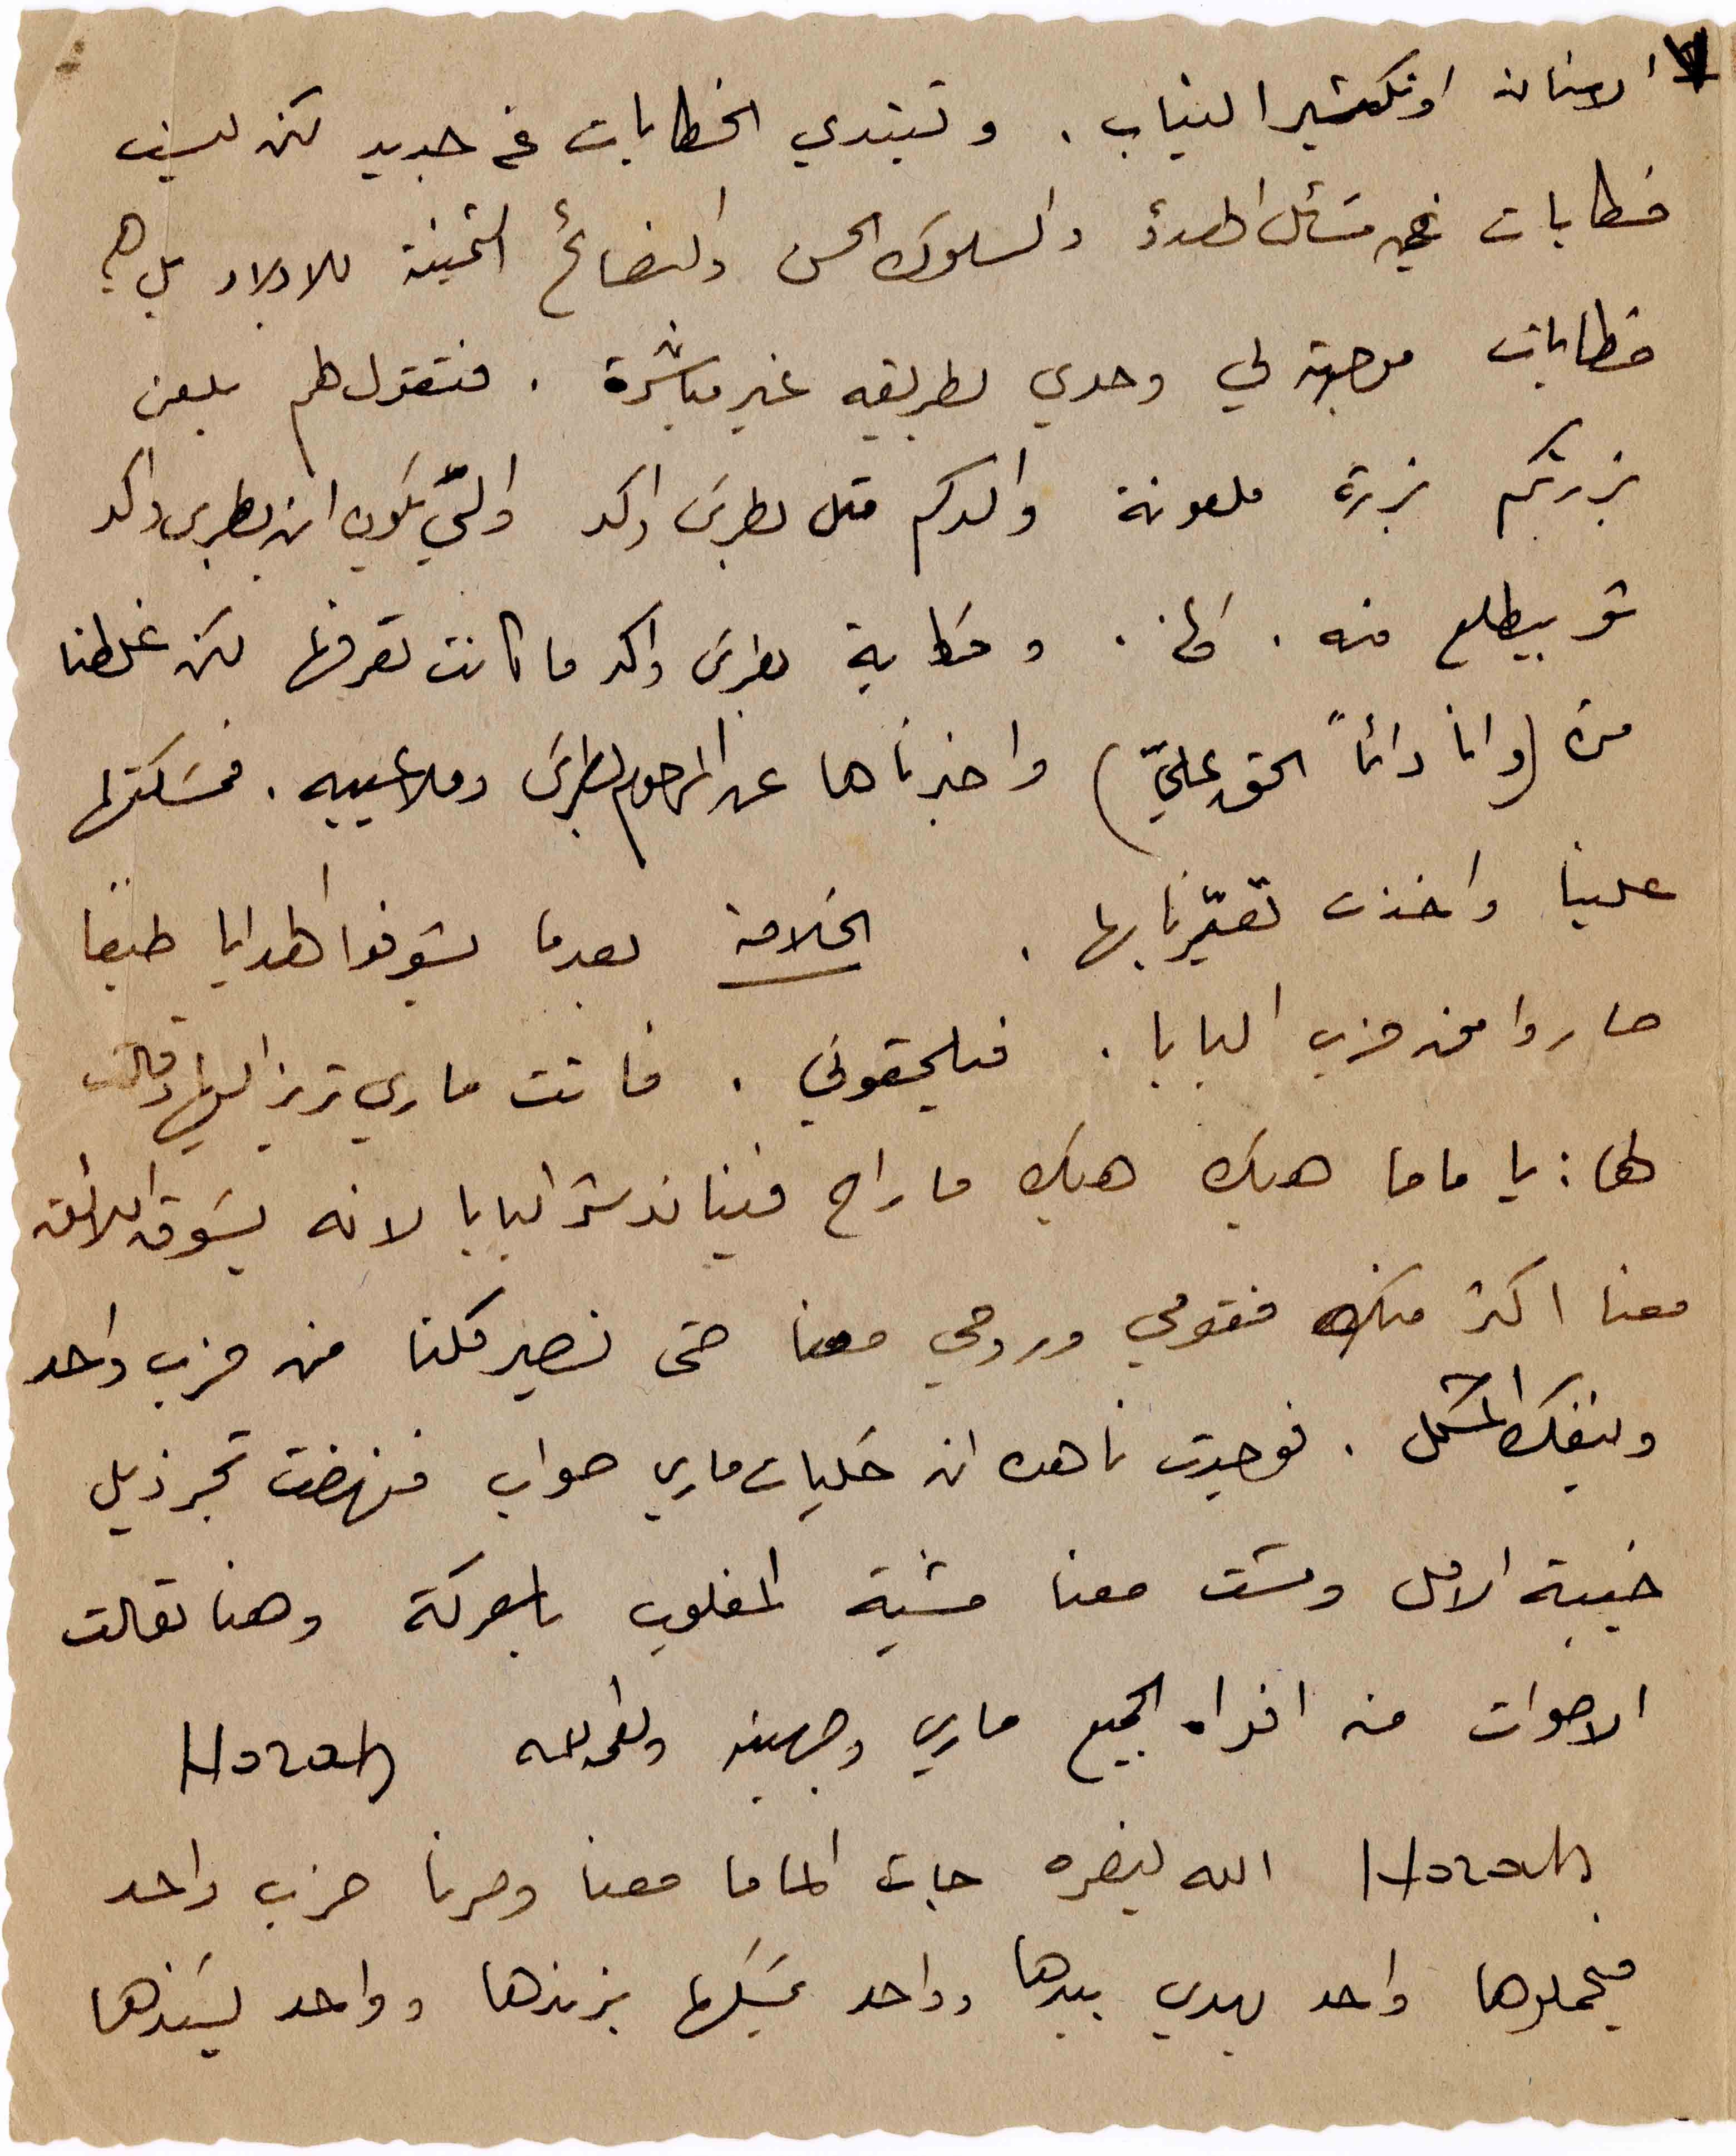
٧
الاسنان او تكشير النياب. وتبتدي الخطابات عن جديد لكن ليست
خطابات في مَسائل الهدؤ والسلوك الحسن والنصائح الثمينة للاولاد بل هي
خطابات موجهة لي وحدي بطريقه غير مباشرة. فتقول له يلعن
بزرتكم بزرة ملعونة والدكم متل بطرس واكد والّي يكون ابن بطرس واكد
شو بيطلع منه. الخ. وحكاية بطرس واكد ما كانت تعرفها لكن غلطنا
مرّه (وانا دائماً الحق عليّ) واخبرناها عن المرحوم بطرس وملاعيبه. فمسَكتها
علينا واخذت تعيّرنا بها. الخلاصة بعدما يشوفوا الهدايا طبعاً
صاروا من حزب البابا. فيلحقوني. فاتت ماري تريز اليها وقالت
لها: يا ماما هيك هيك ما راح فينا ندشر البابا لانه يسوق اللائق
معنا اكتر منك فقومي وروحي معنا حتى نصير كلنا من حزب واحد
وينفك المشكل. فوجدت ناهده انه حكيات ماري صواب فنهضت تجر ذيل
خيبة الامل ومشت معنا مشية المغلوب بالمعركة وهنا تعالت
الاصوات من افواه الجميع ماري وجهينه ونعمه الله Horah
Horah الله ينصره جات الماما معنا وصرنا حزب واحد
فيحملوها واحد يهدي بيدها وواحد يمسكها بزندها وواحد يَسندها